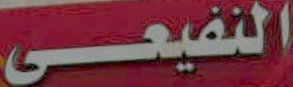
النفيعي